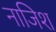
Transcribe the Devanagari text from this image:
नाजिश